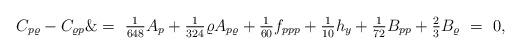
LaTeX: \begin{align*}C_{p \varrho}- C_{\varrho p}\&=\ \tfrac{1}{648} A_p + \tfrac{1}{324}\varrho A_{p\varrho} +\tfrac{1}{60}f_{ppp}+\tfrac{1}{10}h_y+\tfrac{1}{72}B_{pp} +\tfrac{2}{3}B_\varrho\ =\ 0,\end{align*}